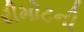
રીમોટની